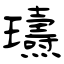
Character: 瓙